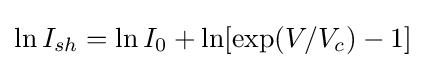
\ln I_{sh}=\ln I_{0}+\ln[\exp(V/V_{c})-1]